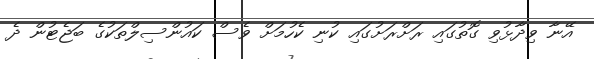
އޭނާ ވިދާޅުވި ގޮތުގައި ރަށްރަށުގައި ކުނި ކެހުމަށް ވެސް ކައުންސިލްތަކުގެ ބަޖެޓުން ދެ